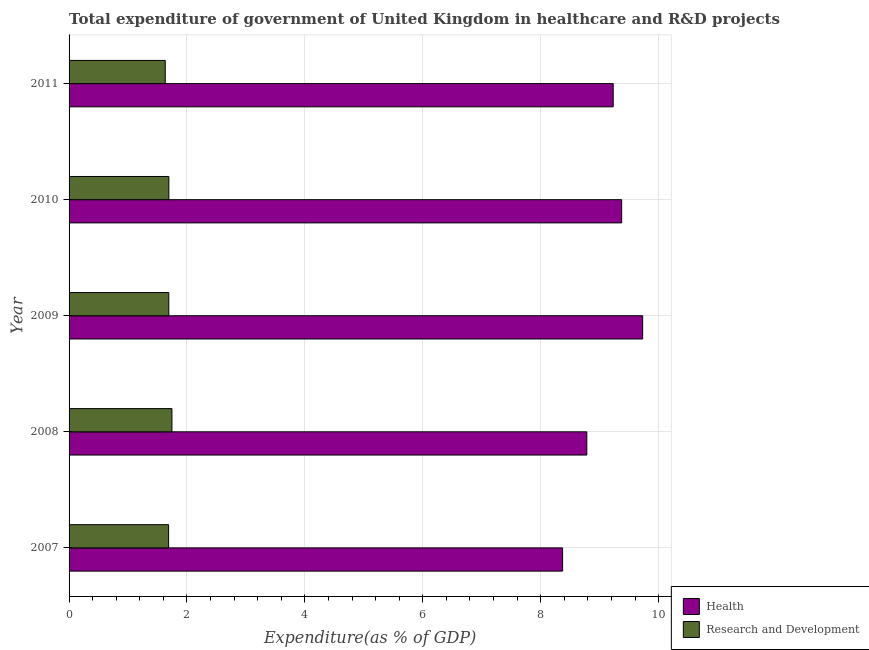
| Year | Health | Research and Development |
 | --- | --- | --- |
 | 2007 | 8.37 | 1.69 |
 | 2008 | 8.78 | 1.75 |
 | 2009 | 9.73 | 1.69 |
 | 2010 | 9.37 | 1.69 |
 | 2011 | 9.23 | 1.63 |